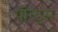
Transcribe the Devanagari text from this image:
पॉन्ट्स